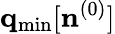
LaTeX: {\mathbf q}_{\mathrm{min}}[{\mathbf n}^{(0)}]